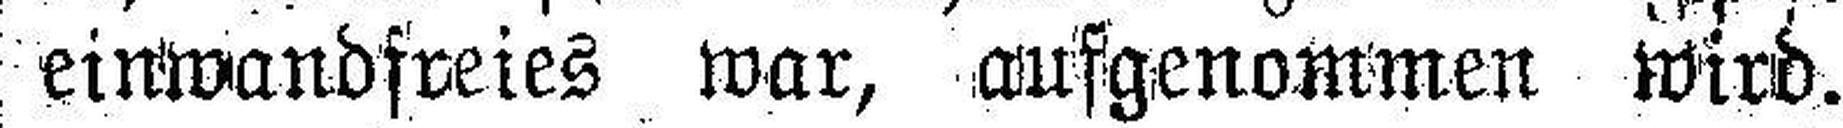
einwandfreies war, aufgenommen wird.